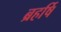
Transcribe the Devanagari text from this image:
ब्रहर्षि